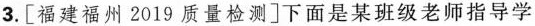
3.[福建福州2019质量检测]下面是某班级老师指导学